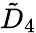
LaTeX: {\tilde{D}}_{4}